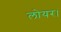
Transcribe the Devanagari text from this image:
लोयर।